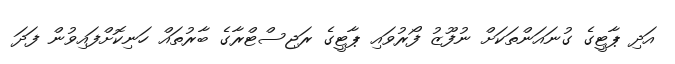
އަދި ޕާޓީގެ ގުނައަންތަކަށް ނުފޫޒު ފޯރުވައި ޕާޓީގެ ރަޖިސްޓްރާގެ ބާރުތައް ހަނިކޮށްފައިވުން ފަދަ